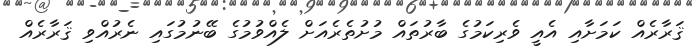
ޤަރާރެއް ކަމަށާއި އެއީ ވެރިކަމުގެ ބާރުތައް މުށުތެރެއަށް ލެއްވުމުގެ ބޭނުމުގައި ނެރުއްވި ޤަރާރެއް